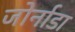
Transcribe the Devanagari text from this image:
जोर्नाडा